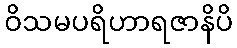
ဝိသမပရိဟာရဇာနိပိ